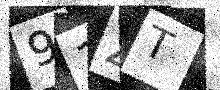
Text: 91ZT